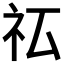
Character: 𰧯